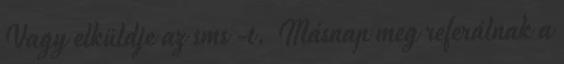
Vagy elküldje az sms -t. Másnap meg referálnak a